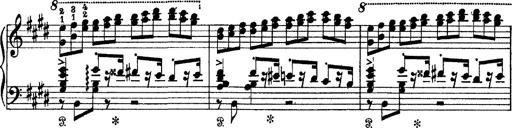
Title: Tarantelle di bravura dâ€™aprÃ¨s la tarantelle de La muette de Portici
Composer: Franz Liszt